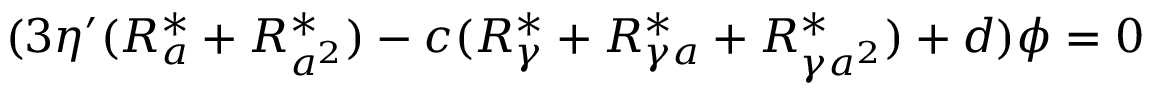
( 3 \eta ^ { \prime } ( R _ { a } ^ { \ast } + R _ { a ^ { 2 } } ^ { \ast } ) - c ( R _ { \gamma } ^ { \ast } + R _ { \gamma a } ^ { \ast } + R _ { \gamma a ^ { 2 } } ^ { \ast } ) + d ) \phi = 0